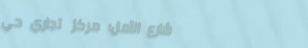
شارع الأمل: مركز تجاري حي